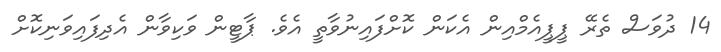
14 ދުވަސް ތެރޭ ޕީޕީއެމްއިން އެކަން ކޮށްފައިނުވާތީ އެވެ. ޕާޓީން ވަކިވާން އެދިފައިވަނިކޮށް